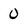
Character: 0